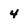
Character: 4